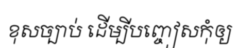
ខុសច្បាប់ ដើម្បីបញ្ចៀសកុំឲ្យ